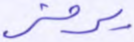
يرمز